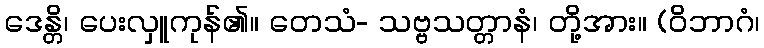
ဒေန္တိ၊ ပေးလှူကုန်၏။ တေသံ- သဗ္ဗသတ္တာနံ၊ တို့အား။ (ဝိဘာဂံ၊